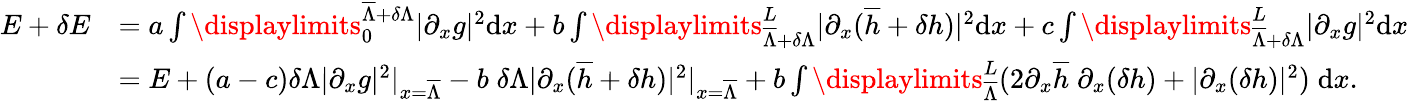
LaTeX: \begin{array}{rl}{E+\delta E}&{=a\int\displaylimits_{0}^{\overline{{\Lambda}}+\delta\Lambda}{|\partial_{x}g|^{2}\mathrm{d}x}+b\int\displaylimits_{\overline{{\Lambda}}+\delta\Lambda}^{L}{|\partial_{x}(\overline{{h}}+\delta h)|^{2}\mathrm{d}x}+c\int\displaylimits_{\overline{{\Lambda}}+\delta\Lambda}^{L}{|\partial_{x}g|^{2}\mathrm{d}x}}\\ &{=E+(a-c)\delta\Lambda|\partial_{x}g|^{2}|_{x=\overline{{\Lambda}}}-b\; \delta\Lambda|\partial_{x}(\overline{{h}}+\delta h)|^{2}|_{x=\overline{{\Lambda}}}+b\int\displaylimits_{\overline{{\Lambda}}}^{L}{(2\partial_{x}\overline{{h}}\; \partial_{x}(\delta h)+|\partial_{x}(\delta h)|^{2})\; \mathrm{d}x}.}\end{array}